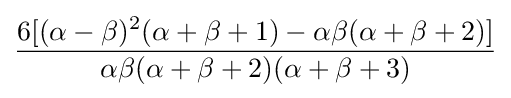
{\frac {6[(\alpha -\beta )^{2}(\alpha +\beta +1)-\alpha \beta (\alpha +\beta +2)]}{\alpha \beta (\alpha +\beta +2)(\alpha +\beta +3)}}